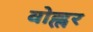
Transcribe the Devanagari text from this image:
वोह्लर